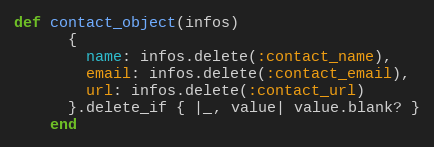
Language: Ruby
def contact_object(infos)
      {
        name: infos.delete(:contact_name),
        email: infos.delete(:contact_email),
        url: infos.delete(:contact_url)
      }.delete_if { |_, value| value.blank? }
    end